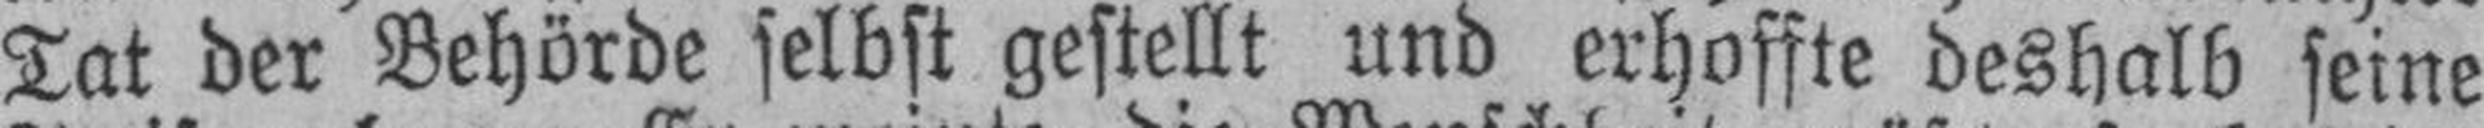
Tat der Behörde selbst gestellt und erhoffte deshalb seine